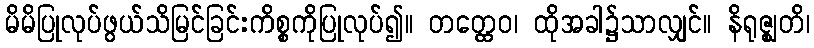
မိမိပြုလုပ်ဖွယ်သိမြင်ခြင်းကိစ္စကိုပြုလုပ်၍။ တတ္ထေဝ၊ ထိုအခါ၌သာလျှင်။ နိရုဇ္ဈတိ၊